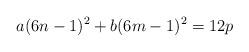
LaTeX: \begin{align*}a(6n-1)^{2} + b(6m-1)^{2} = 12p\end{align*}